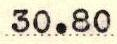
30.80